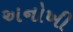
અનોખી